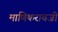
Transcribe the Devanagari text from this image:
माणिकरावजी